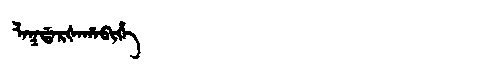
Manchu: ᠯᠠᡴᡩᠠᡵᡧᠠᡥᠠᠪᡳᡥᡝ
Romanization: LAKDARŠAHABIHE